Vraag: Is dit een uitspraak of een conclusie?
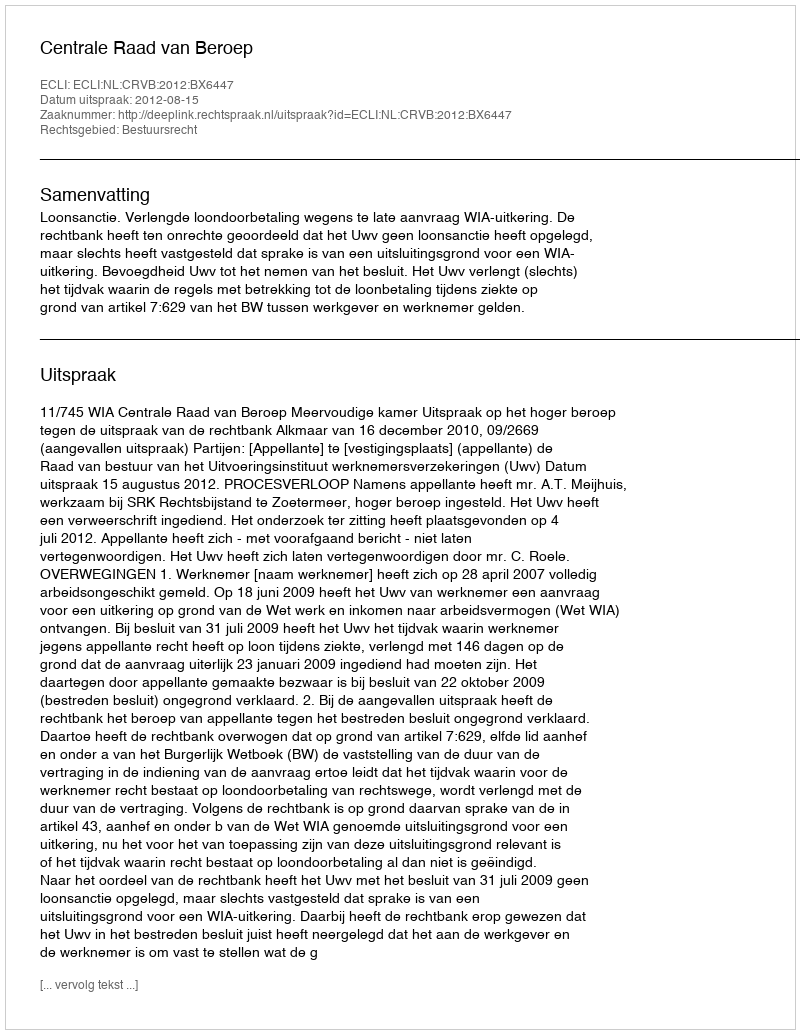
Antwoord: Uitspraak